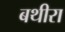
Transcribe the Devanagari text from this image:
बथीरा